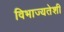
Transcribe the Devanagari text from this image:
विभाज्यतेशी